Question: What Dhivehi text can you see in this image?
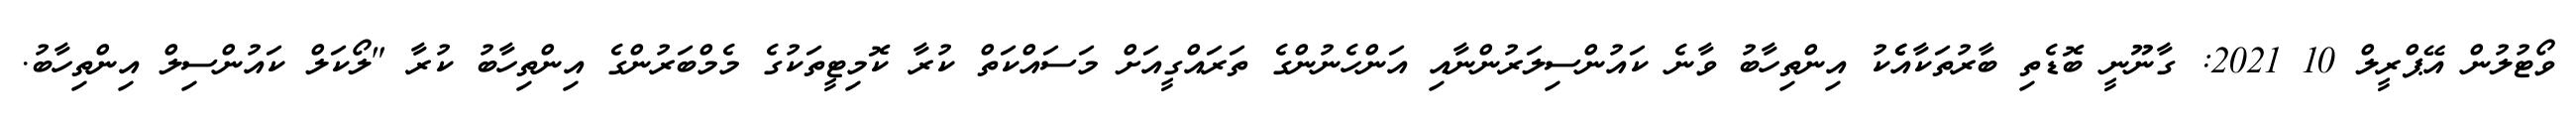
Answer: ވޯޓުލުން އޭޕްރީލް 10 2021: ގާނޫނީ ބޮޑެތި ބާރުތަކާއެެކު އިންތިހާބު ވާނެ ކައުންސިލަރުންނާއި އަންހެނުންގެ ތަރައްގީއަށް މަސައްކަތް ކުރާ ކޮމިޓީތަކުގެ މެމްބަރުންގެ އިންތިހާބު ކުރާ "ލޯކަލް ކައުންސިލް އިންތިހާބު.